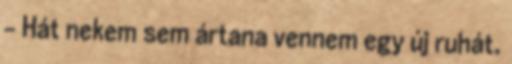
- Hát nekem sem ártana vennem egy új ruhát.